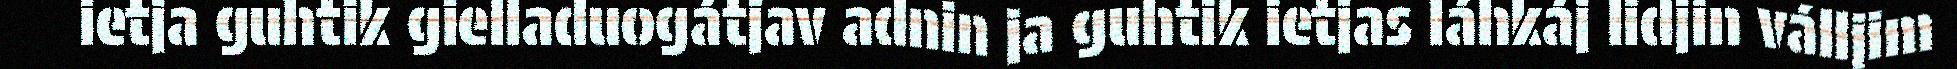
ietja guhtik gielladuogátjav adnin ja guhtik ietjas láhkáj lidjin válljim